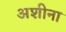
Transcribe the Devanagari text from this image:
अशीना